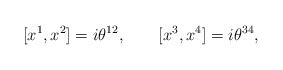
\begin{align*}\lbrack x^{1},x^{2}]=i\theta ^{12},\qquad \lbrack x^{3},x^{4}]=i\theta ^{34},\end{align*}